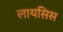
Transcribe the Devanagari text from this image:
लायसिस